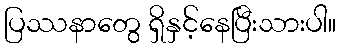
ပြဿနာတွေ ရှိနှင့်နေပြီးသားပါ။